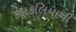
કલકલિયાની